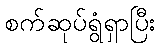
စက်ဆုပ်ရွံရှာပြီး